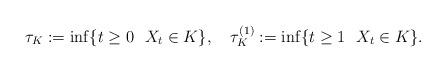
LaTeX: \begin{align*}\tau_K:=\inf\{t\ge0 \ \ X_t\in K\},\ \ \ \tau_K^{(1)}:=\inf\{t\ge1\ \ X_t\in K\}.\end{align*}